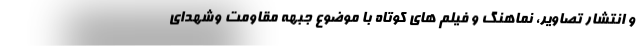
و انتشار تصاویر، نماهنگ و فیلم های کوتاه با موضوع جبهه مقاومت وشهدای